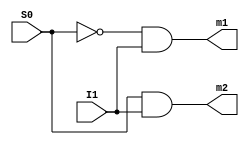
`timescale 1ns / 1ps
//////////////////////////////////////////////////////////////////////////////////
// Company: 
// Engineer: 
// 
// Design Name: 
// Module Name:    demux1x2 
// Project Name: 
// Target Devices: 
// Tool versions: 
// Description: 
//
// Dependencies: 
//
// Revision: 
// Revision 0.01 - File Created
// Additional Comments: 
//
//////////////////////////////////////////////////////////////////////////////////
module demux1x2(
    input I1,
    input S0,
    output m1,
    output m2
    );
	 
	 assign m1 = (~(S0)&I1);
	 assign m2 = (S0&I1);


endmodule